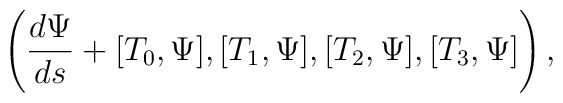
\left(\frac{d \Psi}{ds}+[{T}_0,\Psi],[{T}_1,\Psi],[{T}_2,\Psi],  [{T}_3,\Psi] \right),